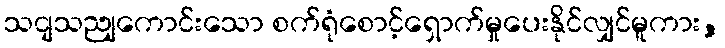
သငျသညျကောင်းသော စက်ရုံစောင့်ရှောက်မှုပေးနိုင်လျှင်မူကား,